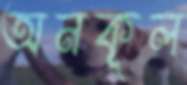
অনকূল